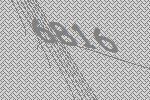
6816